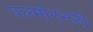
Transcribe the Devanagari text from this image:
पल्मोरनरी